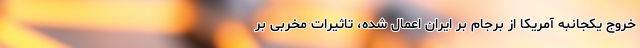
خروج یکجانبه آمریکا از برجام بر ایران اعمال شده، تاثیرات مخربی بر